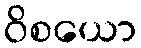
ဝိစယော